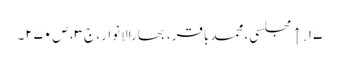
۱۷. ↑ مجلسی، محمدباقر، بحارالانوار، ج‌۳، ص‌۲۷۰۔